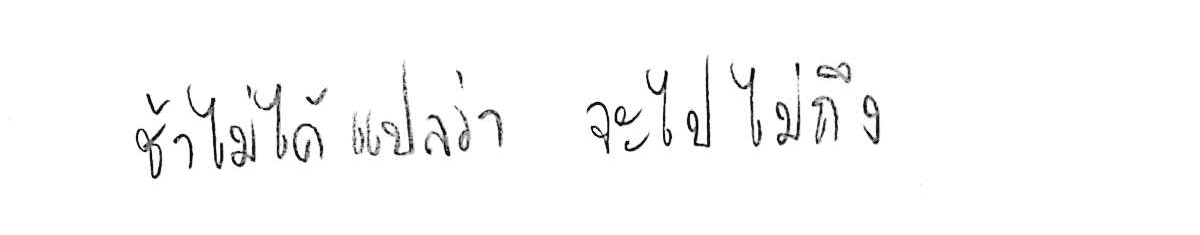
ช้า ไม่ได้แปลว่า จะไปไม่ถึง